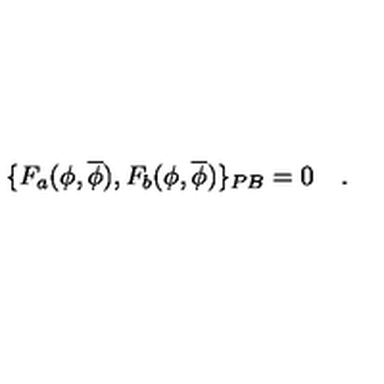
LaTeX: \{ F _ { a } ( \phi , \overline { { \phi } } ) , F _ { b } ( \phi , \overline { { \phi } } ) \} _ { P B } = 0 \quad .